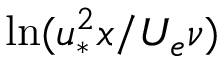
\ln ( u _ { * } ^ { 2 } x / U _ { e } \nu )